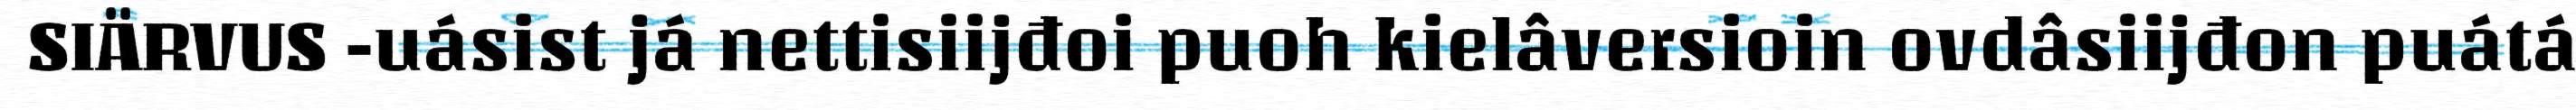
SIÄRVUS -uásist já nettisiijđoi puoh kielâversioin ovdâsiijđon puátá